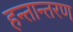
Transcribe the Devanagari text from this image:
हन्तान्तरण